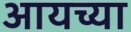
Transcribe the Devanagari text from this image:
आयच्या